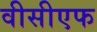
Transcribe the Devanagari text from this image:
वीसीएफ